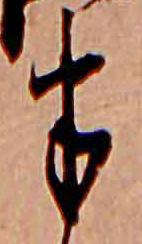
半